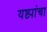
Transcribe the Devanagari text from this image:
यष्ट्यांचा